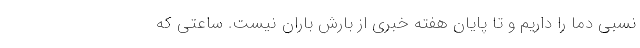
نسبی دما را داریم و تا پایان هفته خبری از بارش باران نیست. ساعتی که